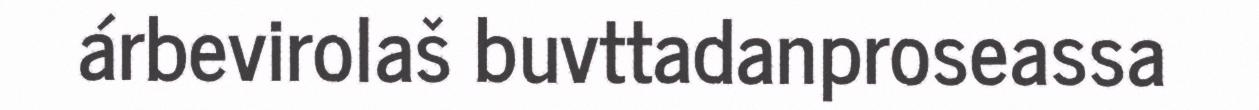
árbevirolaš buvttadanproseassa